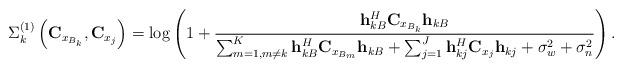
LaTeX: \begin{align*}\Sigma_k^{(1)}\left({\bf C}_{x_{B_k}},{\bf C}_{x_{j}}\right)=\log\left(1+\frac{{\bf h}^{H}_{kB}{\bf C}_{x_{B_k}}{\bf h}_{kB}}{\sum_{m=1,m\neq k}^{K}{\bf h}^{H}_{kB}{\bf C}_{x_{B_m}}{\bf h}_{kB}+\sum_{j=1}^{J}{\bf h}^{H}_{kj}{\bf C}_{x_{j}}{\bf h}_{kj}+\sigma^{2}_w+\sigma _n^{2}}\right).\end{align*}